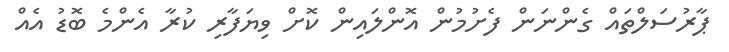
ޕާރުސަލްތައް ގެންނަން ފެށުމުން އޮންލައިން ކޮށް ވިޔަފާރި ކުރާ އެންމެ ބޮޑު އެއް